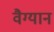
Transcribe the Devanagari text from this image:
वैग्यान